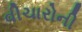
વીચારોની